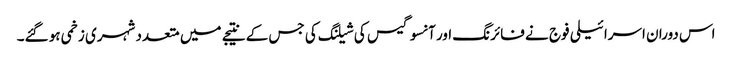
اس دوران اسرائیلی فوج نے فائرنگ اور آنسوگیس کی شیلنگ کی جس کے نتیجے میں متعدد شہری زخمی ہو گئے۔